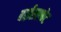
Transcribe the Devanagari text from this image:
बाईसल्फेट